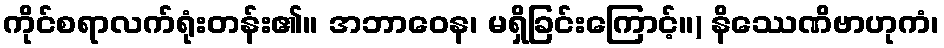
ကိုင်စရာလက်ရုံးတန်း၏။ အဘာဝေန၊ မရှိခြင်းကြောင့်။) နိဿေဏိဗာဟုကံ၊